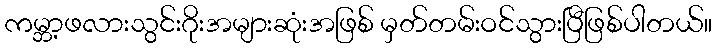
ကမ္ဘာ့ဖလားသွင်းဂိုးအများဆုံးအဖြစ် မှတ်တမ်းဝင်သွားပြီဖြစ်ပါတယ်။